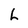
Character: h